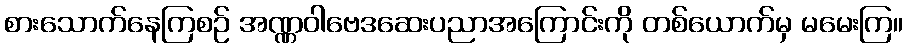
စားသောက်နေကြစဉ် အဏ္ဏဝါဗေဒဆေးပညာအကြောင်းကို တစ်ယောက်မှ မမေးကြ။